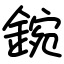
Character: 鋺